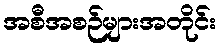
အစီအစဉ်များအတိုင်း